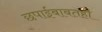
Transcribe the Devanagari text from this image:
छपाईबाबतही